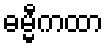
ဓမ္မီကထာ